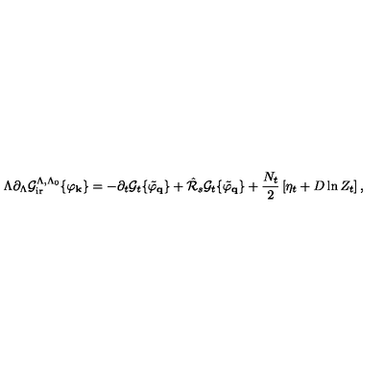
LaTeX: \Lambda \partial _ { \Lambda } { \cal { G } } _ { \mathrm { i r } } ^ { \Lambda , \Lambda _ { 0 } } \{ \varphi _ { \bf { k } } \} = - \partial _ { t } { \cal { G } } _ { t } \{ \tilde { \varphi } _ { \bf { q } } \} + \hat { \cal { R } } _ { s } { \cal { G } } _ { t } \{ \tilde { \varphi } _ { \bf { q } } \} + \frac { N _ { t } } { 2 } \left[ \eta _ { t } + D \ln Z _ { t } \right] ,